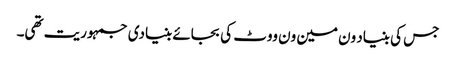
جس کی بنیاد ون مین ون ووٹ کی بجائے بنیادی جمہوریت تھی۔